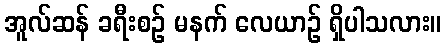
အူလ်ဆန် ခရီးစဉ် မနက် လေယာဉ် ရှိပါသလား။